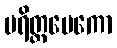
ပရိတ္တမေကော